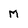
Character: M